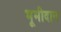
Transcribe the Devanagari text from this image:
भूमीदान